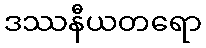
ဒဿနီယတရော